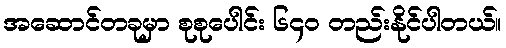
အဆောင်တခုမှာ စုစုပေါင်း ၆၄၀ တည်းနိုင်ပါတယ်။